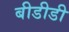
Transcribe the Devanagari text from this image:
बीडीडी